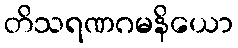
တိသရဏဂမနိယော